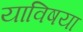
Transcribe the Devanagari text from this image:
याविषया